Civil Veterinary Dept. North-West Frontier Province 1933-46 - 1933-1946
Year: 1933
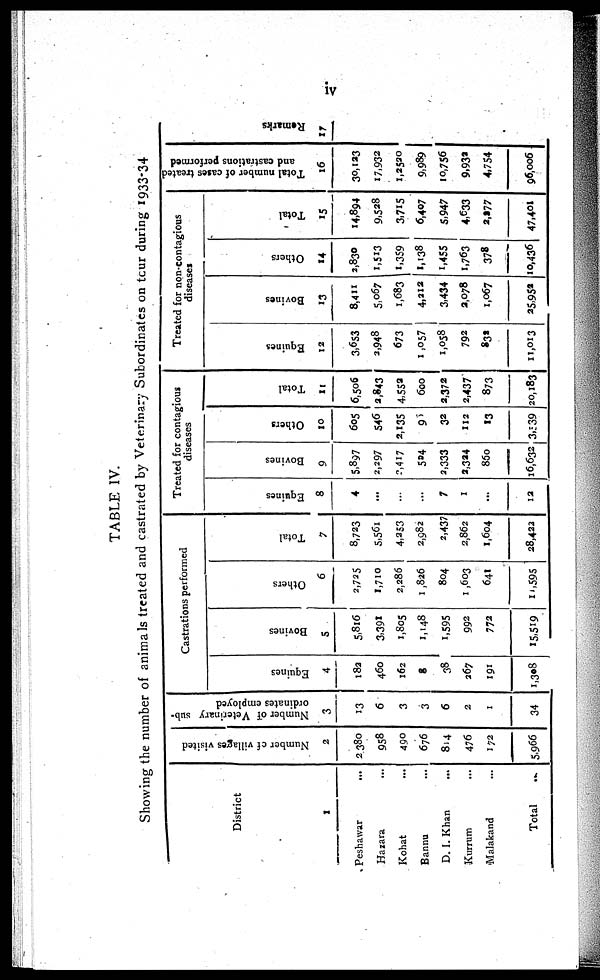
iv
TABLE IV.
Showing the number of animals treated and castrated by Veterinary Subordinates on tour during 1933-34
District
1
Peshawar
...
Hazara ...
Kohat ...
Bannu ...
D. I. Khan ...
Kurrum ...
Malakand ...
Total
Number of villages visited
2
2380
958
490
676
814
476
172
5,966
Number of Veterinary sub-
ordinates employed
3
13
6
3
3
6
2
1
34
Castrations performed
Equines
4
182
460
162
8
38
367
191
1,308
Bovines
5
5,816
3,391
1,805
1,148
1,595
992
772
15,519
Others
6
2,725
1,710
2,286
1 ,826
804
1 ,603
641
14,595
Total
7
8,723
5,561
4,253
2,982
2,437
2,862
1,604
28,422
Treated for contagious
diseases
Equines
8
4
...
...
...
7
1
...
12
Bovines
9
5,897
2,297
2,417
504
3,333
2,324
860
16,632
Others
10
605
546
2,135
9
32
112
13
3,539
Total
11
6,506
2,843
4,552
600
2,372
2,437
873
20,183
Treated for non-contagious
diseases
Equines
12
3,653
3,948
673
1 ,057
1,058
792
832
11,013
Bovines
13
8,411
5,067
1,683
4,212
3,434
2,078
1,067
25,952
Others
14
3,830
1,513
1,359
1,138
1,455
1,763
378
10,436
Total
15
14,894
9,528
3,715
6,407
5,947
4,633
2,277
47,401
Total number of cases treated
and castrations performed
16
30,123
17,932
1,2520
9,989
10,756
9.932
4,754
96,006
Remarks
17